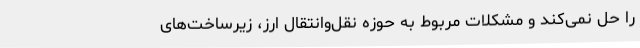
را حل نمی‌کند و مشکلات مربوط به حوزه نقل‌وانتقال ارز، زیرساخت‌های